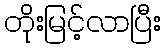
တိုးမြင့်လာပြီး